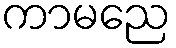
ကာမညေ